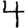
Digit: 4